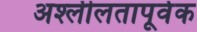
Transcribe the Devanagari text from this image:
अश्लीलतापूर्वक